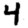
Digit: 4